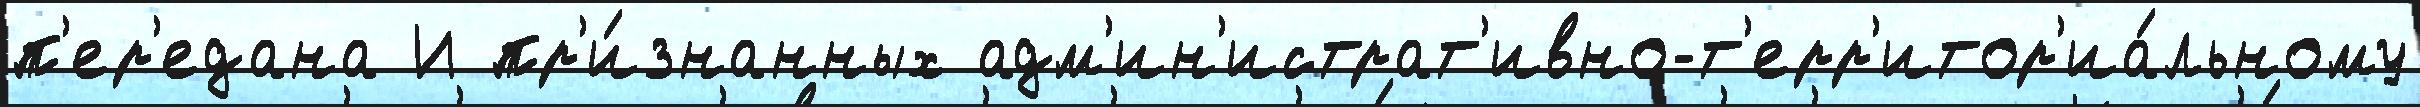
п'ер'едана И пр'и́знанных адм'ин'истрат'ивно-т'ерр'итор'иа́льному